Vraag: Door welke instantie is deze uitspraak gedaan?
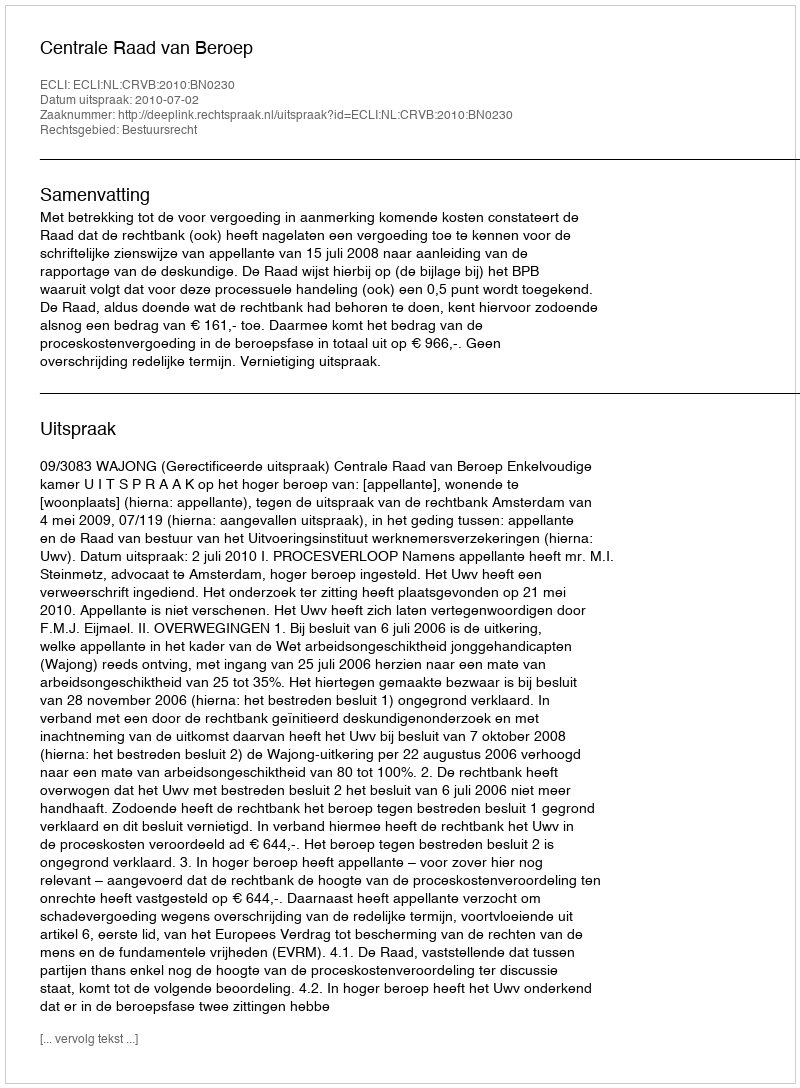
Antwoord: Centrale Raad van Beroep